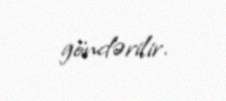
göndərilir.